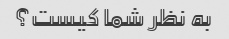
به نظر شما کیست؟